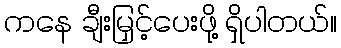
ကနေ ချီးမြှင့်ပေးဖို့ ရှိပါတယ်။